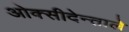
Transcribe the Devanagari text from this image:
ओक्सीदेन्ताले